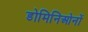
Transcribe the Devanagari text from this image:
डोमिनिओनों